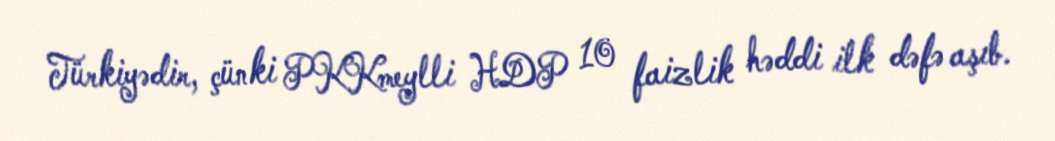
Türkiyədir, çünki PKKmeylli HDP 10 faizlik həddi ilk dəfə aşıb.